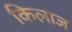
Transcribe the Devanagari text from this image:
किलाज